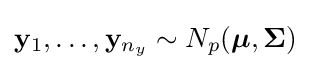
{\mathbf {y} }_{1},\dots ,{\mathbf {y} }_{n_{y}}\sim N_{p}({\boldsymbol {\mu }},{\mathbf {\Sigma } })